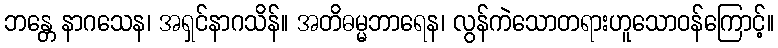
ဘန္တေ နာဂသေန၊ အရှင်နာဂသိန်။ အတိဓမ္မဘာရေန၊ လွန်ကဲသောတရားဟူသောဝန်ကြောင့်။